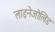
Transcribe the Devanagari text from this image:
लाइनेजोलिड